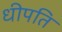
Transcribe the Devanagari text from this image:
धीपति